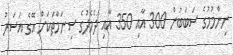
ނިންމުމުގެ ސަބަބުން 300 އާއި 350 އާއި ދެމެދުގެ ސިނަމާތަކަށް އޭގެ އަސަރު